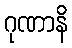
ဂုဏာနိ